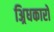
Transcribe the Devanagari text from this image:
अ्रिधकारों